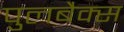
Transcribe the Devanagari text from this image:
पुलबैक्स